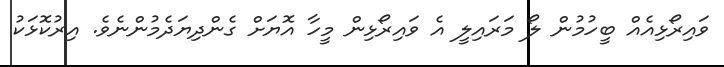
ވައިރޯޅިއެއް ބީހުމުން ލޯ މަރައިލީ އެ ވައިރޯޅިން މީހާ އޮޔަށް ގެންދިޔަދެމުންނެވެ. އިރުކޮޅަކު